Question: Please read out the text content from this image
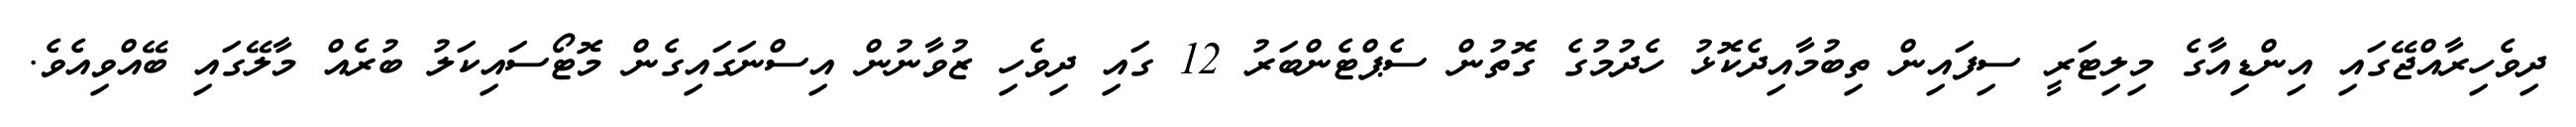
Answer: ދިވެހިރާއްޖޭގައި އިންޑިއާގެ މިލިޓަރީ ސިފައިން ތިބުމާއިދެކޮޅު ހެދުމުގެ ގޮތުން ސެޕްޓެންބަރު 12 ގައި ދިވެހި ޒުވާނުން އިސްނަގައިގެން މޮޓޯސައިކަލު ބުރެއް މާލޭގައި ބޭއްވިއެވެ.